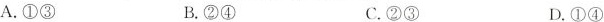
A.①③ B.②④ C.②③ D.①④